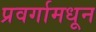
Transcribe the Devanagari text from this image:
प्रवर्गामधून